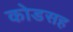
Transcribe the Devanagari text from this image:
कोडसह